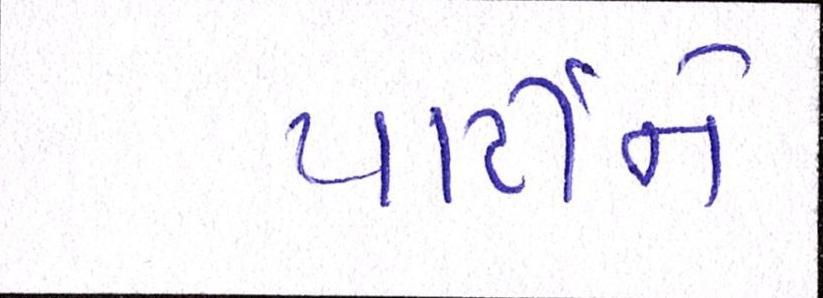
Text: પાર્ટીને